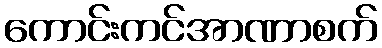
ကောင်းကင်အာဏာစက်